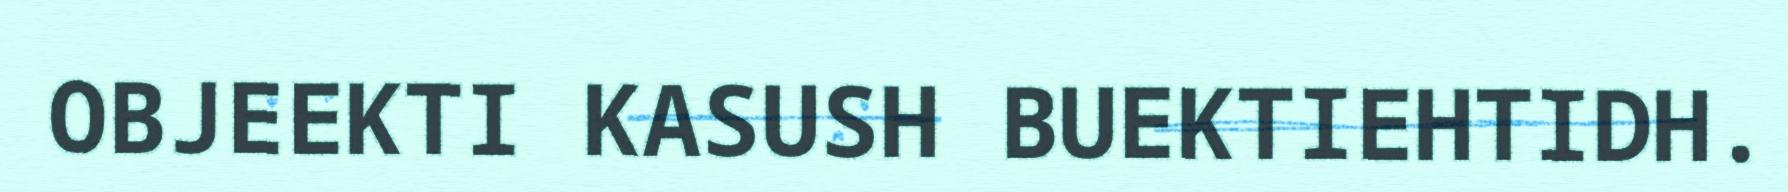
OBJEEKTI KASUSH BUEKTIEHTIDH.